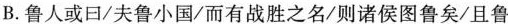
B．鲁人或曰/夫鲁小国/而有战胜之名/则诸侯图鲁矣/且鲁